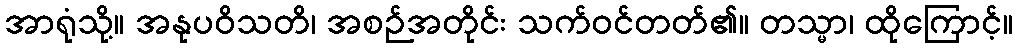
အာရုံသို့။ အနုပဝိသတိ၊ အစဉ်အတိုင်း သက်ဝင်တတ်၏။ တသ္မာ၊ ထိုကြောင့်။